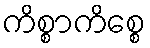
ကိစ္စာကိစ္စေ